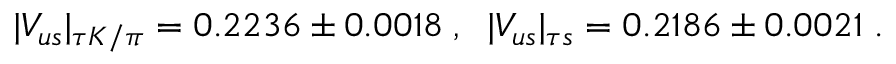
\begin{array} { r } { \vert V _ { u s } \vert _ { \tau K / \pi } = 0 . 2 2 3 6 \pm 0 . 0 0 1 8 \; , \; \; \vert V _ { u s } \vert _ { \tau s } = 0 . 2 1 8 6 \pm 0 . 0 0 2 1 \; . } \end{array}